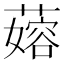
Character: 𬞬